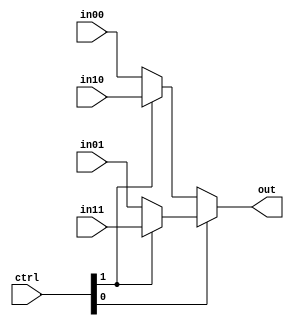
`timescale 1ns / 1ps
module MUX4_32(
	input [1:0]ctrl,
	input [31:0] in00,
	input [31:0] in01,
	input [31:0] in10,
	input [31:0] in11,
	output [31:0] out
);
	assign out = ctrl[0] ? (ctrl[1] ? in11 : in01) : (ctrl[1] ? in10 : in00);
endmodule